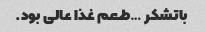
باتشکر …طعم غذا عالی بود.